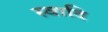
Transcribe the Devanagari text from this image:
स्वादि